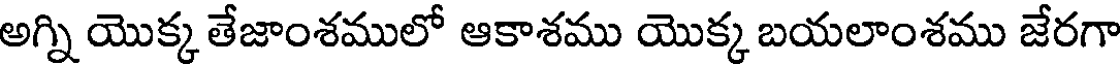
అగ్ని యొక్క తేజాంశములో ఆకాశము యొక్క బయలాంశము జేరగా